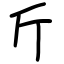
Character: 斤